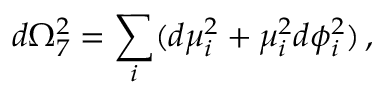
d \Omega _ { 7 } ^ { 2 } = \sum _ { i } ( d \mu _ { i } ^ { 2 } + \mu _ { i } ^ { 2 } d \phi _ { i } ^ { 2 } ) \, ,